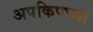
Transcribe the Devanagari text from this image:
अपकिपच्या